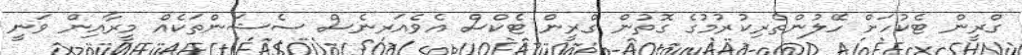
ގްރީން ޓެކުހަށް ހޭލުންތެރިކުރުމުގެ ގޮތުން ގްރީން ޓެކްސް އެވެއަރނެސް ސެޝަންތަކެއް މީރާއިން ވަނީ